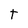
Character: T